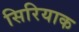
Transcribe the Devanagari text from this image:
सिरियाक